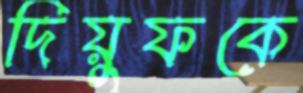
দিয়ুফকে